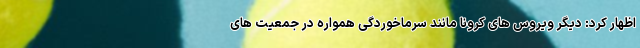
اظهار کرد: دیگر ویروس های کرونا مانند سرماخوردگی همواره در جمعیت های